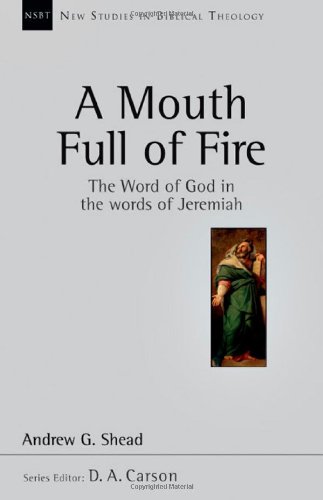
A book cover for A Mouth Full of Fire: The Word of God in the Words of Jeremiah (New Studies in Biblical Theology); Andrew G. Shead; Christian Books & Bibles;